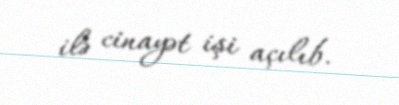
ilə cinayət işi açılıb.